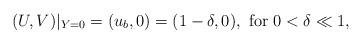
LaTeX: \begin{align*} (U,V)|_{Y=0}=(u_b,0)=(1-\delta,0),~{\rm for~} 0<\delta\ll 1,\end{align*}